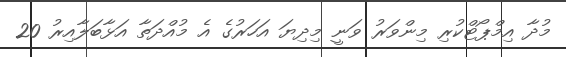
މުދާ އިމްޕޯޓްކުރި މިންވަރު ވަނީ މިދިޔަ އަހަރުގެ އެ މުއްދަތާ އަޅާބަލާއިރު 20